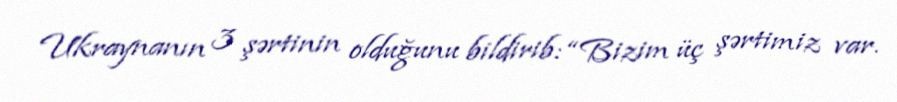
Ukraynanın 3 şərtinin olduğunu bildirib: “Bizim üç şərtimiz var.